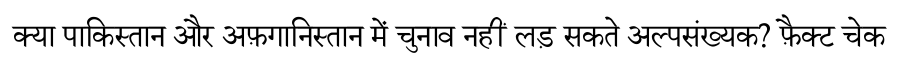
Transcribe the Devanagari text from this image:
क्या पाकिस्तान और अफ़गानिस्तान में चुनाव नहीं लड़ सकते अल्पसंख्यक? फ़ैक्ट चेक